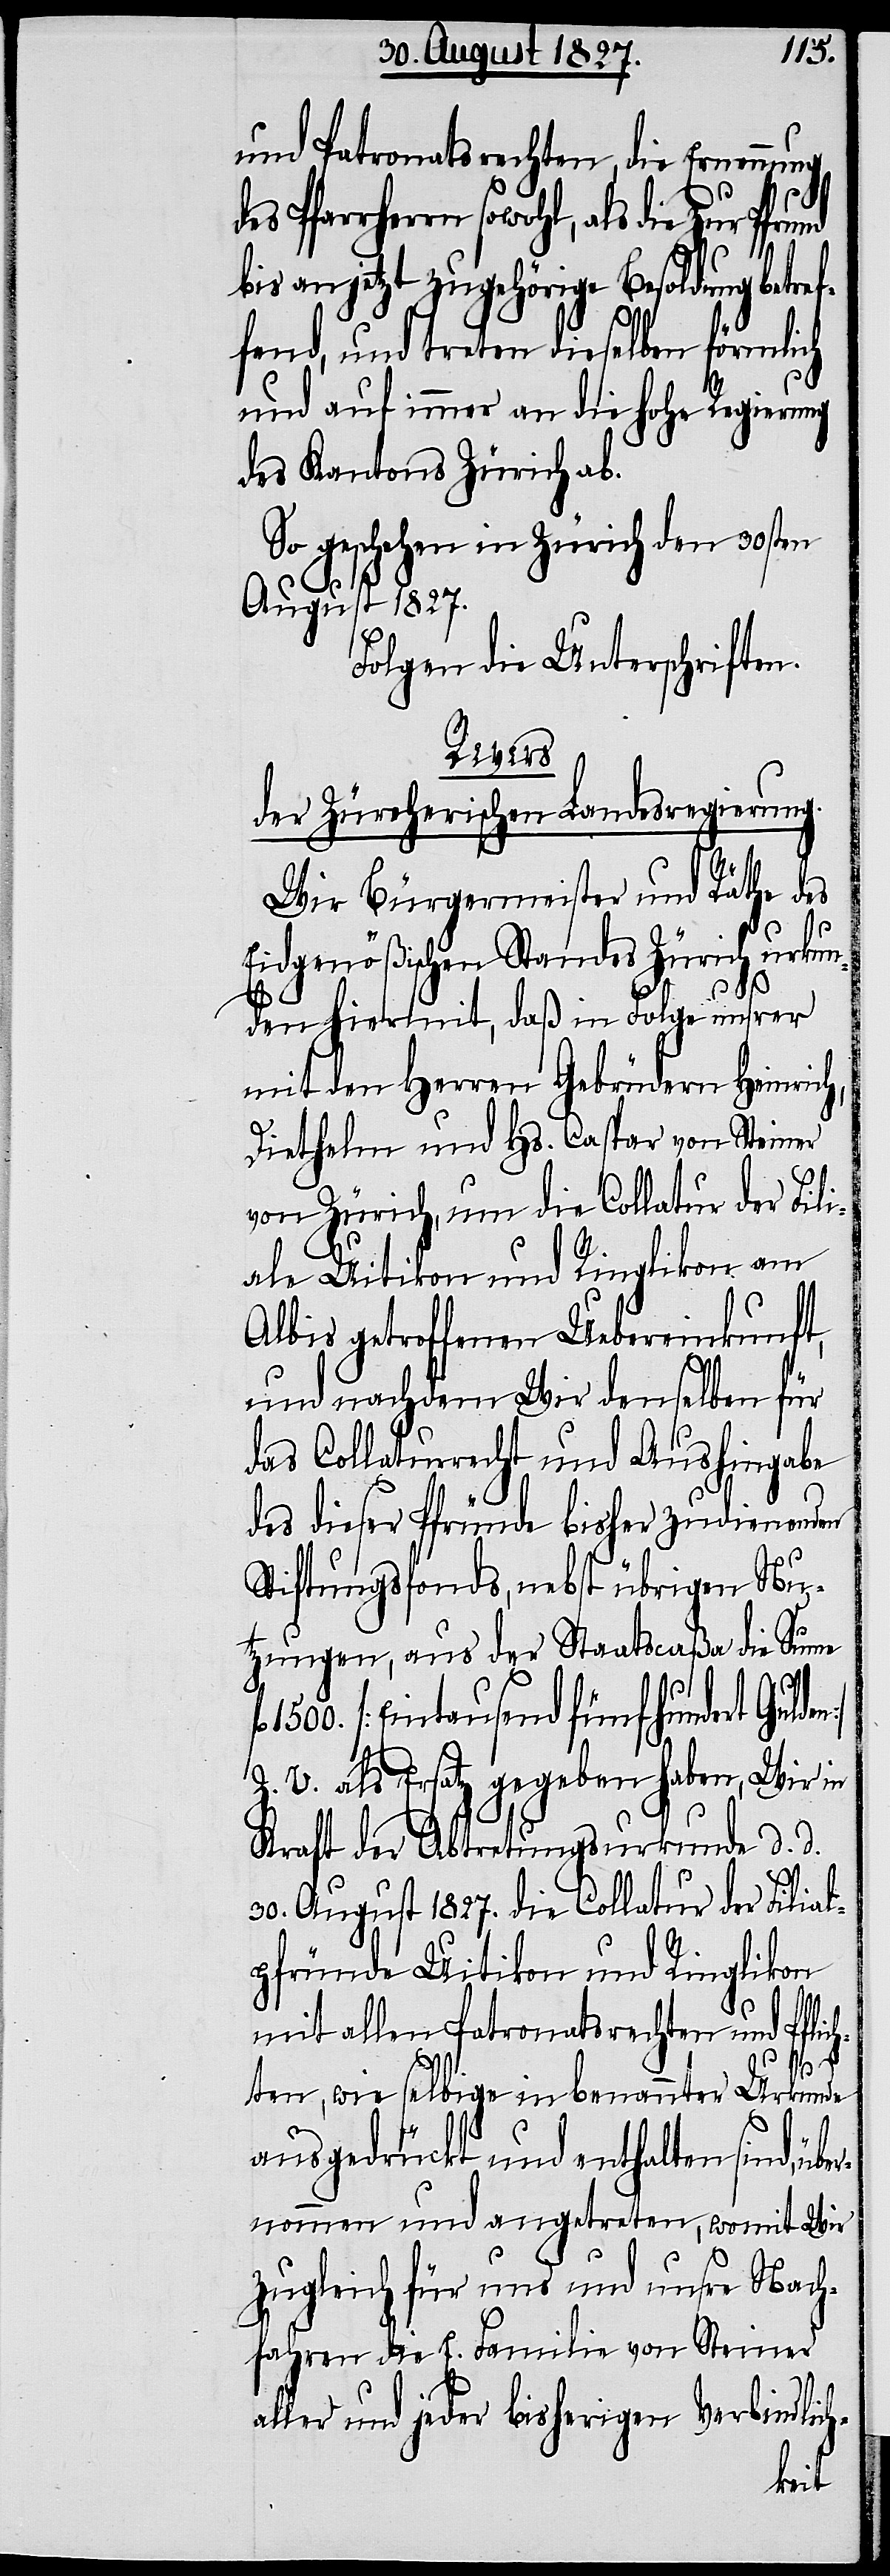
und Patronatsrechten, die Ernennung
n]
des Pfarrherrn sowohl, als die zur Pfrund
bis an jetzt zugehörige Besoldung betr¬
fend, und treten dieselben förmlich
und auf immer an die hohe Regierung
des Kantons Zürich ab.
So geschehen in Zürich den 30sten
August 1827.
Folgen die Unterschriften.
Revers
der Zürcherischen Landesregierung.
Wir Bürgermeister und Räthe des
Eidgenößischen Standes Zürich urkun¬
den hiermit, daß in Folge unsrer
mit den Herren Gebrüdern Heinrich,
Diethelm und Hs. Caspar von Steiner
von Zürich, um die Collatur der Fili¬
ale Uitikon und Ringlikon am
Albis getroffenen Uebereinkunft,
und nachdem Wir denselben für
das Collaturrecht und Aushingabe
des dieser Pfründe bisher zudienenden
Stiftungsfonds, nebst übrigen Nu¬
tzungen, aus der Staatscaßa die Summe
1500. [Eintausend fünfhundert Gulde¬
Z. V. als Ersatz gegeben haben, Wir in
Kraft der Abtretungsurkunde d. d.
30. August 1827. die Collatur der Filial¬
pfründe Uitikon und Ringlikon
mit allen Patronatsrechten und Pflic¬
hten, wie selbige in benannter Urkunde
ausgedrückt und enthalten sind,
nommen und angetreten, womit Wir
zugleich für uns und unser Nach¬
fahren die E. Familie von Steiner
aller und jeder bisherigen Verbindlich-
über¬